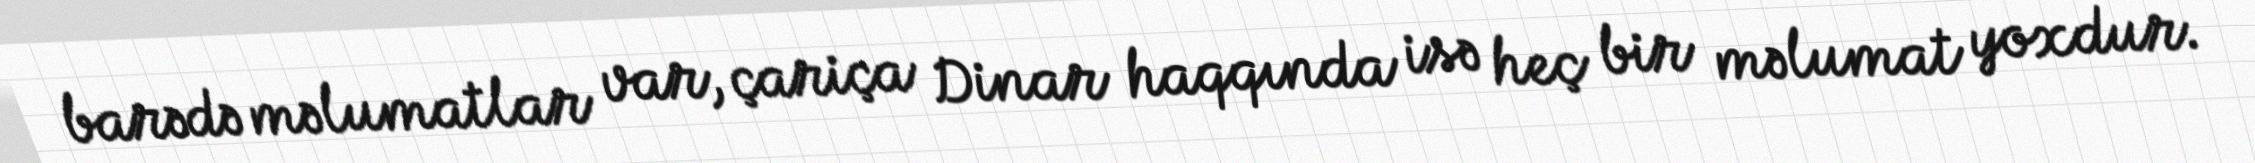
barədə məlumatlar var, çariça Dinar haqqında isə heç bir məlumat yoxdur.